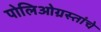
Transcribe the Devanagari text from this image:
पोलिओग्रस्तांचे